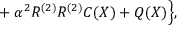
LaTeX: { } + \alpha ^ { 2 } R ^ { ( 2 ) } R ^ { ( 2 ) } C ( X ) + Q ( X ) \Bigr \} ,